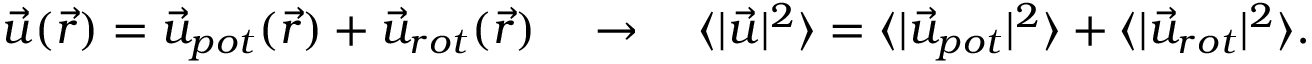
\Vec { u } ( \Vec { r } ) = \Vec { u } _ { p o t } ( \Vec { r } ) + \Vec { u } _ { r o t } ( \Vec { r } ) \quad \rightarrow { } \quad \langle | \Vec { u } | ^ { 2 } \rangle = \langle | \Vec { u } _ { p o t } | ^ { 2 } \rangle + \langle | \Vec { u } _ { r o t } | ^ { 2 } \rangle .